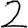
Digit: 2